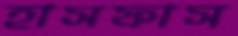
হাসফাস